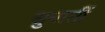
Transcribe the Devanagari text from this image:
सुनातीं